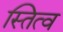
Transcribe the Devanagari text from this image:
स्तित्व